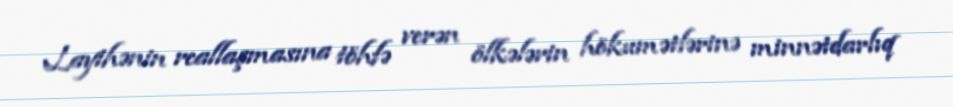
Layihənin reallaşmasına töhfə verən ölkələrin hökumətlərinə minnətdarlıq